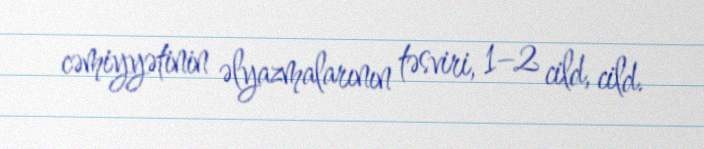
cəmiyyətinin əlyazmalarının təsviri, 1–2 cild, cild.